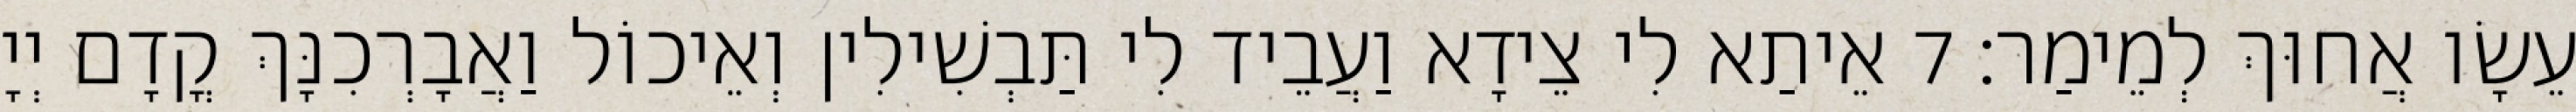
עֵשָׂו אֲחוּךְ לְמֵימַר׃ 7 אֵיתַא לִי צֵידָא וַעֲבֵיד לִי תַּבְשִׁילִין וְאֵיכוֹל וַאֲבָרְכִנָּךְ קֳדָם יְיָ